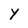
Character: Y